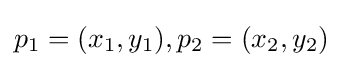
p_{1}=(x_{1},y_{1}),p_{2}=(x_{2},y_{2})